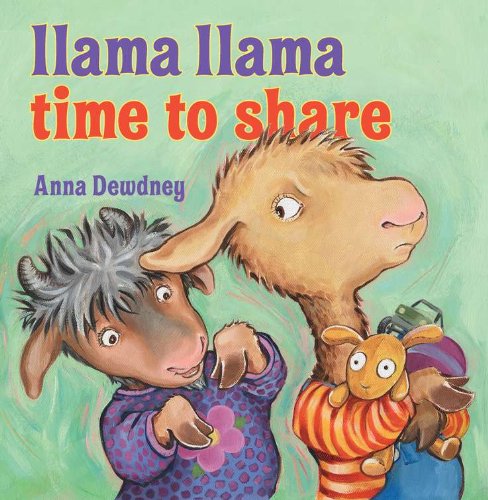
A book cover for Llama Llama Time to Share; Anna Dewdney; Children's Books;